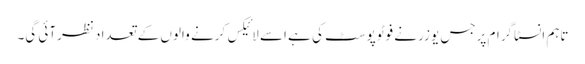
تاہم انسٹاگرام پرجس یوزر نے فوٹوپوسٹ کی ہے اسے لائیکس کرنے والوں کے تعداد نظرآئی گی۔